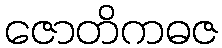
ဇောတိကဓဇ